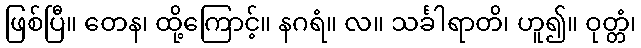
ဖြစ်ပြီ။ တေန၊ ထို့ကြောင့်။ နဂရံ။ လ။ သင်္ခါရာတိ၊ ဟူ၍။ ဝုတ္တံ၊